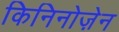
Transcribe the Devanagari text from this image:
किनिनोज़ेन